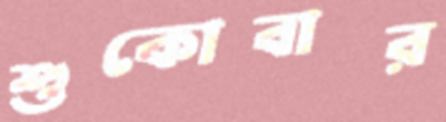
শুকোবার